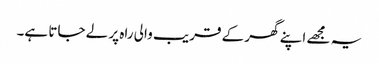
یہ مجھے اپنے گھر کے قریب والی راہ پر لے جاتا ہے۔